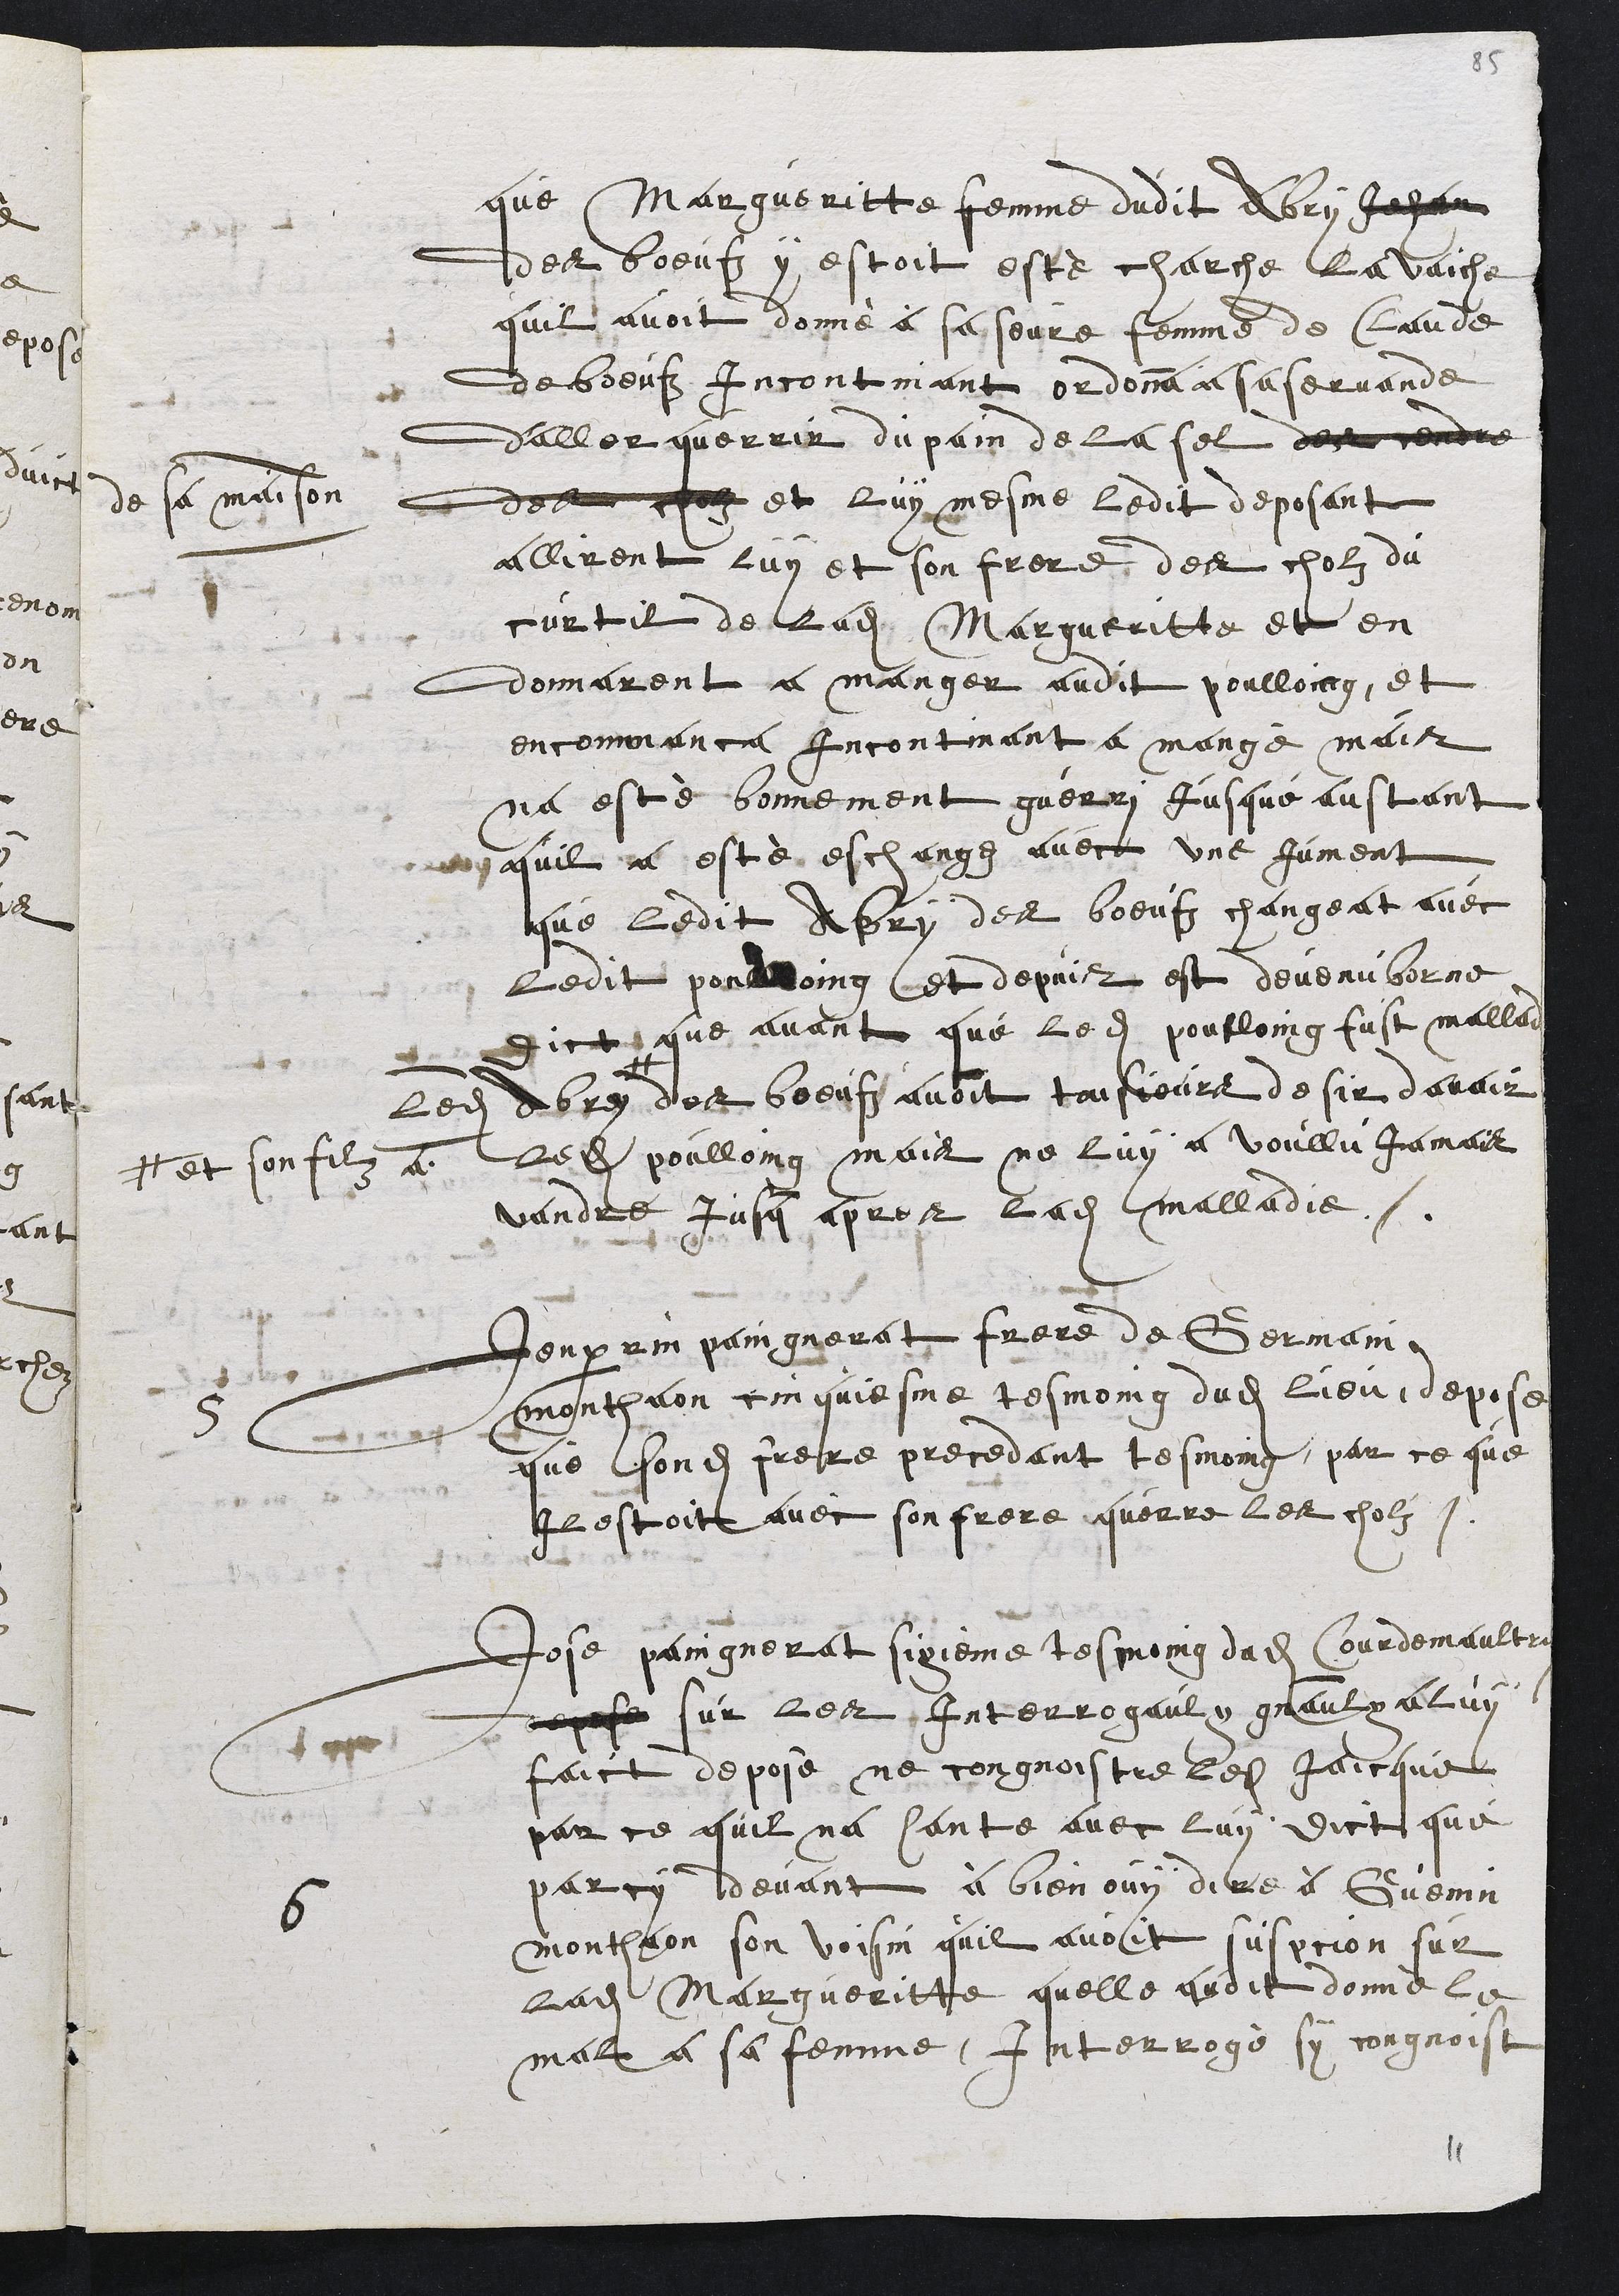
que Margueritte femme dudit Abry Jehan
des boeufz y estoit esté charche la vaiche
quil avoit donné à se seure femme de Claude
des boeufz incontinant ordonna a sa servande
d'aller querrir du pain de la sel des cendre
de sa maison
des cholz et luy mesme ledit deposant
allirent luy et son frere des cholz du
curtil de ladite Margueritte et en
donnarent a manger audit poulloing, et
encommanca incontinant a mangé mais
na esté bonnement guerri jusque austant
quil a esté eschangez avec une Jument
que ledit Abry des boeufz changeat avec
ledit poulloing et depuis est devenu borne
dict que avant que ledit poulloing fust mallade
Ledit Abry
#
# et son filz A.
des boeufz avoit tousjours desir davoir
ledit poulloing mais ne luy a voullu jamais
vandre jusque apres ladite malladie.
5
Jenperrin paingnerat frere de Germain,
Monthaon cinquiesme tesmoing dudit lieu, depose
que sondit frere precedant tesmoing, par ce que
Il estoit avec son frere querre les cholz.
6
Jose paingnerat sixienne tesmoing dudit Courdemaultruy
depose sur les Interrogaulx gnaulx a luy
faict depose ne congnoistre ledit Jaicque
par ce quil na hante avec luy dict que
par cy devant à bien ouy dire à Guenin
Monthaon son voisin quil avoit suspcion sur
ladite Margueritte quelle avoit donné le
mal a sa femme, Interrogé sy congnoist

11